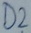
Text: D2